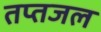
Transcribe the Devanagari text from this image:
तप्तजल